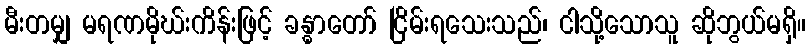
မီးတမျှ မရဏမိုဃ်းကိန်းဖြင့် ခန္ဓာတော် ငြိမ်းရသေးသည်၊ ငါသို့သောသူ ဆိုဘွယ်မရှိ။